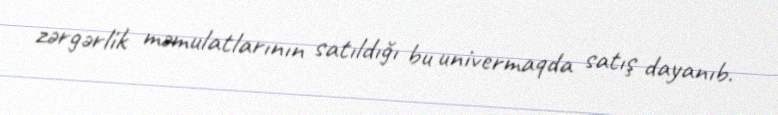
zərgərlik məmulatlarının satıldığı bu univermaqda satış dayanıb.